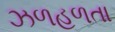
ઝળહળતા